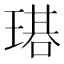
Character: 𤨃